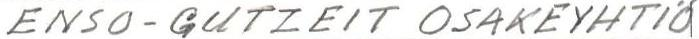
ENSO-GUTZEIT OSAKEYHTIÖ